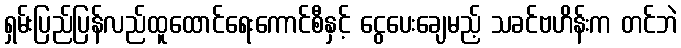
ရှမ်းပြည်ပြန်လည်ထူထောင်ရေးကောင်စီနှင့် ငွေပေးချေမည့် သခင်ဗဟိန်းက တင်ဘဲ